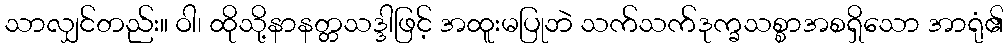
သာလျှင်တည်း။ ဝါ၊ ထိုသို့နာနတ္တသဒ္ဒါဖြင့် အထူးမပြုဘဲ သက်သက်ဒုက္ခသစ္စာအစရှိသော အာရုံ၏